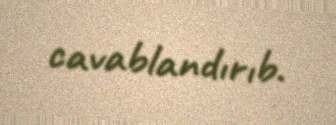
cavablandırıb.